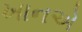
ખાનએ